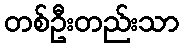
တစ်ဦးတည်းသာ